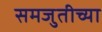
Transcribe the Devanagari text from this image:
समजुतीच्या